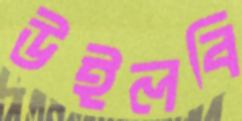
উইলবি